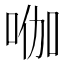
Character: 𭇿